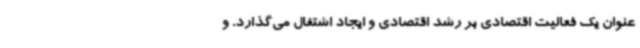
عنوان یک فعالیت اقتصادی بر رشد اقتصادی و ایجاد اشتغال می‌گذارد. و